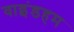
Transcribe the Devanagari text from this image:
वाइंडहम